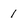
Character: 1